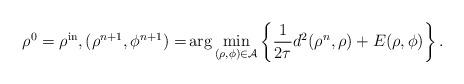
LaTeX: \begin{align*}\begin{aligned}\rho^0= \rho^{\rm in}, (\rho^{n+1}, \phi^{n+1}) = &\arg \min_{(\rho, \phi)\in \mathcal{A}} \left\{ \frac{1}{2\tau} d^2(\rho^n, \rho )+E(\rho, \phi) \right\}.\end{aligned}\end{align*}